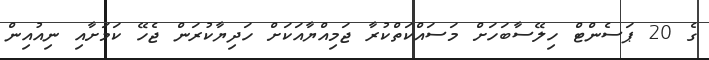
ގެ 20 ޕަސެންޓް ހިލޭސާބަހަށް މަސައްކަތްކުރާ ޖަމިއްޔާއަކަށް ހަދިޔާކުރަން ޖެހޭ ކަމަށާއި ނިއުއިން